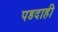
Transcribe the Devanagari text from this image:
पडदाही